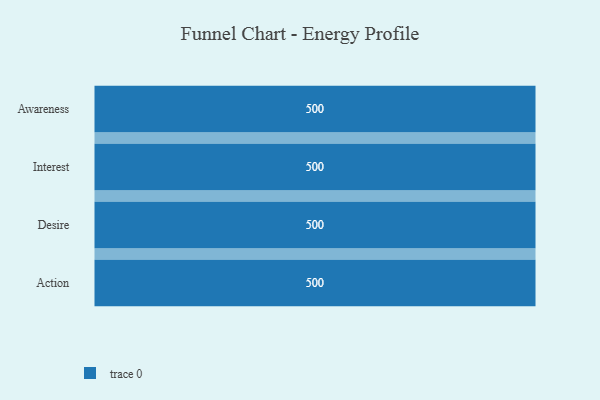
{"axis": {"x": "Stage", "y": "Value"}, "legend": [""], "data": [{"x": "Awareness", "y": 500, "type": ""}, {"x": "Interest", "y": 500, "type": ""}, {"x": "Desire", "y": 500, "type": ""}, {"x": "Action", "y": 500, "type": ""}]}